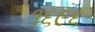
૧૬૯૬